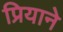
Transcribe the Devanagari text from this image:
प्रियाने